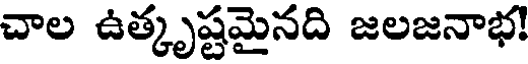
చాల ఉత్కృష్టమైనది జలజనాభ!